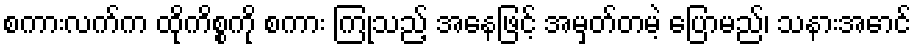
စကားလက်က ထိုကိစ္စကို စကား ကြုံသည့် အနေဖြင့် အမှတ်တမဲ့ ပြောမည်၊ သနားအောင်